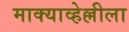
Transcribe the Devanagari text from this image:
माक्याव्हेल्लीला